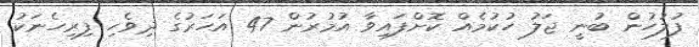
ފުލުހުން ބުނީ ޖަލު ހުކުމެއް ކޮށްފައިވާ އުމުރުން 47 އަހަރުގެ ދިވެހި ފިރިހެނަކު